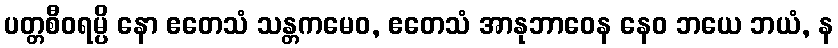
ပတ္တစီဝရမ္ပိ နော ဧတေသံ သန္တကမေဝ, ဧတေသံ အာနုဘာဝေန နေဝ ဘယေ ဘယံ, န